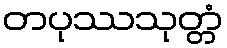
တပုဿသုတ္တံ